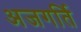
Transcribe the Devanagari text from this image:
अजगर्ति